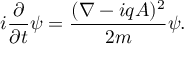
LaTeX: i { \frac { \partial } { \partial t } } \psi = { \frac { ( \nabla - i q A ) ^ { 2 } } { 2 m } } \psi .